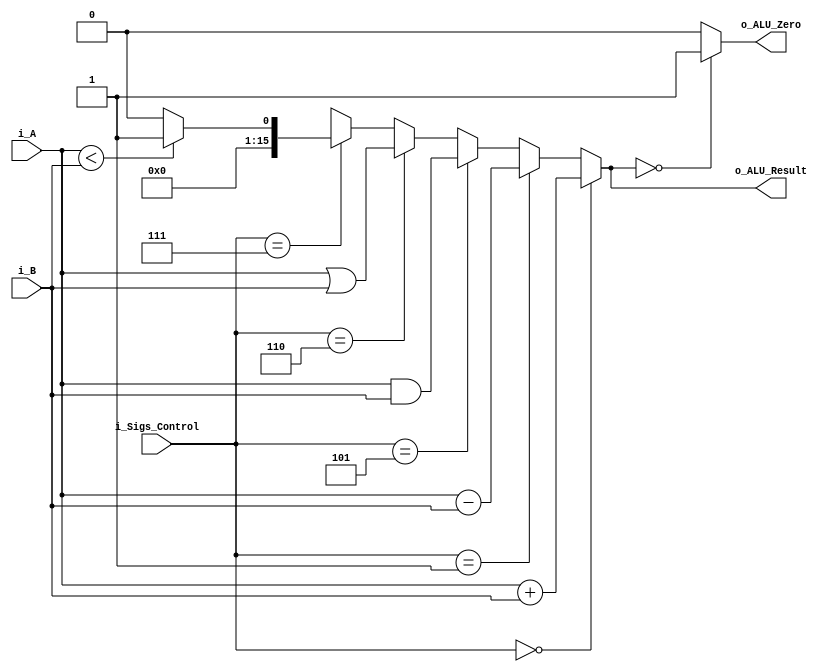
module ALU(
    i_A,
    i_B,
    i_Sigs_Control,
    o_ALU_Zero,
    o_ALU_Result
    );
    
    input [15:0] i_A;
    input [15:0] i_B;
    input [2:0] i_Sigs_Control;
    output o_ALU_Zero;
    output [15:0] o_ALU_Result;
    
    assign o_ALU_Result = (i_Sigs_Control == 3'b000) ? (i_A + i_B)                      // ADD
                        : (i_Sigs_Control == 3'b001) ? (i_A - i_B)                      // SUB
                        : (i_Sigs_Control == 3'b101) ? (i_A & i_B)                      // AND
                        : (i_Sigs_Control == 3'b110) ? (i_A | i_B)                      // OR
                        : (i_Sigs_Control == 3'b111) ? ((i_A < i_B) ? 1 : 0 ): 16'bx;   // SLT
    
    assign o_ALU_Zero = (o_ALU_Result == 0) ? 1 : 0;

endmodule